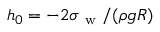
h _ { 0 } = - 2 \sigma _ { \mathrm { ~ w ~ } } / ( \rho g R )